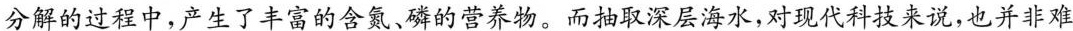
分解的过程中，产生了丰富的含氮、磷的营养物。而抽取深层海水，对现代科技来说，也并非难